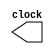
`default_nettype none
`timescale 1ns/100ps

// 250 MHz -> 4 ns
// 2.5 GHz -> 0.4 ns
module inter_clock(
		 output reg clock
);
  
  initial 
      clock = 1'b1;
	
  always
      #(4) clock = ~clock;
      
endmodule

module trans_clock(
		 output reg clock
);
  
  initial 
      clock = 1'b1;
	
  always
      #(0.4) clock = ~clock;
      
endmodule


module power_manager(
	input wire       REFCLK,
	input wire [1:0] PWRDDWN,
	input wire       RXDET_LOOPB, 
	input wire       RXDET_O,
	output reg       INTERCLK,
	output reg       TRANSCLK,
	output reg       RXLOOPB,
	output reg       TXIDLE,
	output reg       RXDET, 
	output reg       PHYSTATUS
);

endmodule